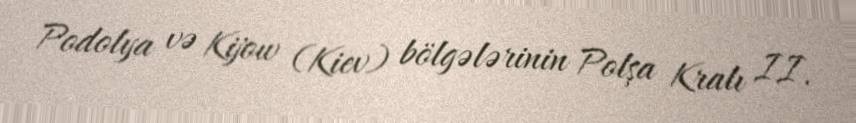
Podolya və Kijow (Kiev) bölgələrinin Polşa Kralı II.